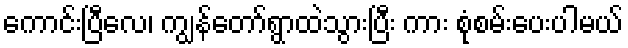
ကောင်းပြီလေ၊ ကျွန်တော်ရွာထဲသွားပြီး ကား စုံစမ်းပေးပါမယ်